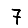
Digit: 7